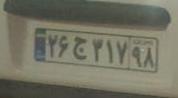
۲۶ج۳۱۷۹۸